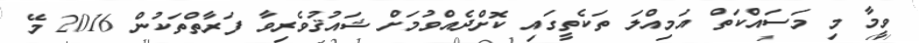
ވީމާ މި މަސައްކަތް އަމިއްލަ ތަކެތީގައި ކޮށްދެއްވުމަށް ޝައުޤުވެރިވާ ފަރާތްތަކުން 2016 މޭ